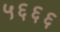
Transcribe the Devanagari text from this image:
५६६६